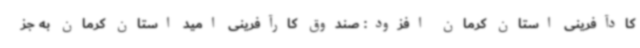
کادآفرینی استان کرمان افزود: صندوق کارآفرینی امید استان کرمان به جز